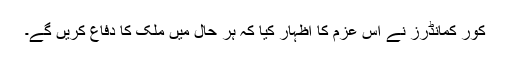
کور کمانڈرز نے اس عزم کا اظہار کیا کہ ہر حال میں ملک کا دفاع کریں گے۔